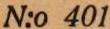
N:o 401